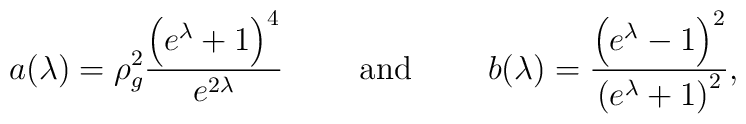
a(\lambda )=\rho _{g}^{2}\frac{\left( e^{\lambda }+1\right) ^{4}}{e^{2\lambda }}\qquad \mbox{ and }\qquad b(\lambda )=\frac{\left( e^{\lambda}-1\right) ^{2}}{\left( e^{\lambda }+1\right) ^{2}},